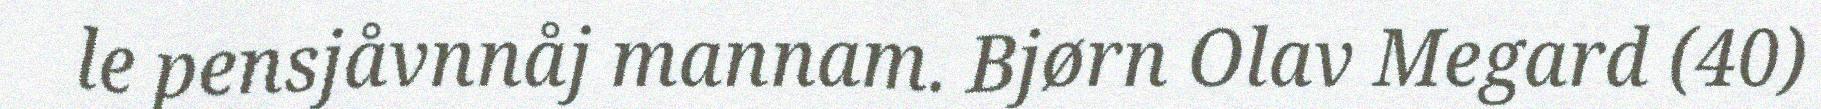
le pensjåvnnåj mannam. Bjørn Olav Megard (40)